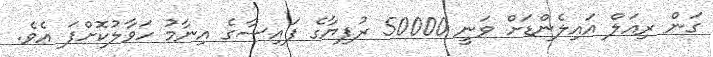
ގަން ރިއަލް އައިލެންޑަށް ވަނީ 50000 ރުފިޔާގެ ފައިސާގެ އިނާމު ހަވާލުކޮށްފަ އެވެ.